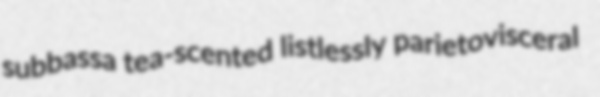
subbassa tea-scented listlessly parietovisceral